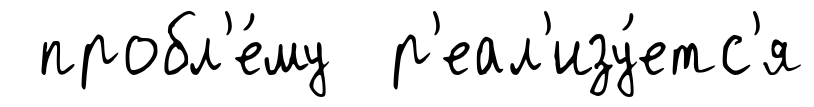
пробл'е́му р'еал'изу́етс'я